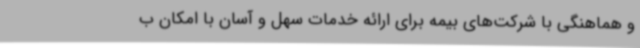
و هماهنگی با شرکت‌های بیمه برای ارائه خدمات سهل و آسان با امکان ب